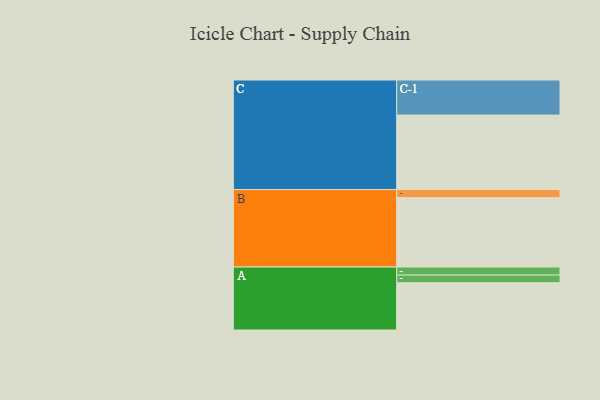
{"axis": {"x": "Segment", "y": "Value"}, "legend": ["", "A", "B", "C"], "data": [{"x": "A", "y": 329, "type": ""}, {"x": "B", "y": 483, "type": ""}, {"x": "C", "y": 518, "type": ""}, {"x": "A-1", "y": 56, "type": "A"}, {"x": "A-2", "y": 53, "type": "A"}, {"x": "B-1", "y": 56, "type": "B"}, {"x": "C-1", "y": 244, "type": "C"}]}